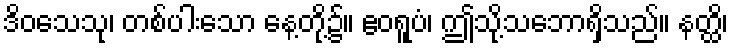
ဒိဝသေသု၊ တစ်ပါးသော နေ့တို့၌။ ဧဝရူပံ၊ ဤသို့သဘောရှိသည်။ နတ္ထိ၊